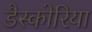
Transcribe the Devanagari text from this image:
डैस्कोरिया